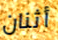
أثنان